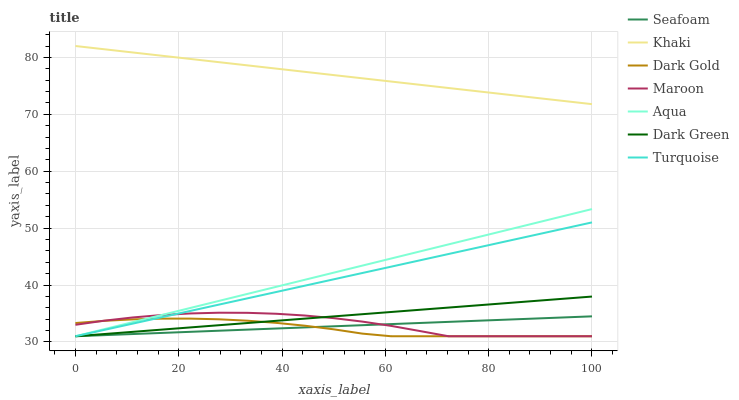
| xaxis_label | Seafoam | Khaki | Dark Gold | Maroon | Aqua | Dark Green | Turquoise |
 | --- | --- | --- | --- | --- | --- | --- | --- |
 | 0 | 31 | 82 | 33.3 | 33 | 31 | 31 | 31 |
 | 5.56 | 31.2 | 81.4 | 33.7 | 33.7 | 32.2 | 31.4 | 32.1 |
 | 11.1 | 31.4 | 80.9 | 34 | 34.3 | 33.5 | 31.8 | 33.2 |
 | 16.7 | 31.6 | 80.3 | 34.1 | 34.7 | 34.7 | 32.2 | 34.3 |
 | 22.2 | 31.8 | 79.7 | 34.1 | 35 | 36 | 32.6 | 35.4 |
 | 27.8 | 32 | 79.2 | 34 | 35.1 | 37.2 | 32.9 | 36.6 |
 | 33.3 | 32.2 | 78.6 | 33.7 | 35.1 | 38.4 | 33.3 | 37.7 |
 | 38.9 | 32.4 | 78 | 33.4 | 35 | 39.7 | 33.7 | 38.8 |
 | 44.4 | 32.6 | 77.5 | 32.8 | 34.6 | 40.9 | 34.1 | 39.9 |
 | 50 | 32.7 | 76.9 | 32.2 | 34.2 | 42.2 | 34.5 | 41 |
 | 55.6 | 32.9 | 76.3 | 31.5 | 33.6 | 43.4 | 34.9 | 42.1 |
 | 61.1 | 33.1 | 75.8 | 31 | 32.8 | 44.7 | 35.3 | 43.2 |
 | 66.7 | 33.3 | 75.2 | 31 | 31.9 | 45.9 | 35.7 | 44.3 |
 | 72.2 | 33.5 | 74.6 | 31 | 31 | 47.1 | 36 | 45.4 |
 | 77.8 | 33.7 | 74.1 | 31 | 31 | 48.4 | 36.4 | 46.6 |
 | 83.3 | 33.9 | 73.5 | 31 | 31 | 49.6 | 36.8 | 47.7 |
 | 88.9 | 34.1 | 72.9 | 31 | 31 | 50.9 | 37.2 | 48.8 |
 | 94.4 | 34.3 | 72.4 | 31 | 31 | 52.1 | 37.6 | 49.9 |
 | 100 | 34.5 | 71.8 | 31 | 31 | 53.3 | 38 | 51 |